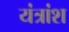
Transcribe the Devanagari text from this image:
यंत्रांश